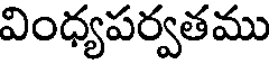
వింధ్యపర్వతము